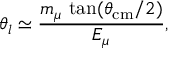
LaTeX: \theta _ { l } \simeq \frac { m _ { \mu } \, \tan ( \theta _ { \mathrm { c m } } / 2 ) } { E _ { \mu } } ,